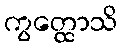
ကွတ္ထောသိ